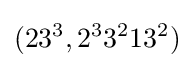
(23^{3},2^{3}3^{2}13^{2})